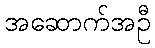
အဆောက်အဦ